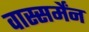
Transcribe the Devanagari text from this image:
वास्सर्मेंन